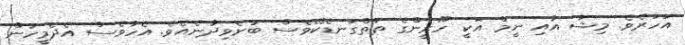
އަހަރެވެ. މިޝާ އާއި ނީމް އަކީ ހޫރީންގެ ތަތްގަނޑެކޭވެސް ބުނެވިދާނެއެވެ. އެހާވެސް އެދެމީހުން